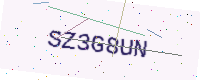
Text: SZ3G8UN